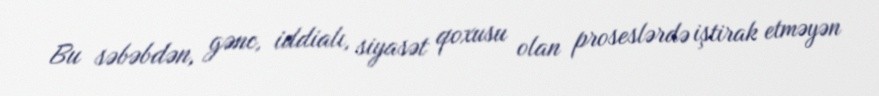
Bu səbəbdən, gənc, iddialı, siyasət qoxusu olan proseslərdə iştirak etməyən